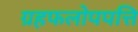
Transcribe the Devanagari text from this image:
ग्रहफलोपपत्ति